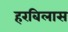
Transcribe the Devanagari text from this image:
हरबिलास